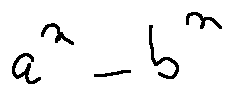
a ^ { n } - b ^ { n }